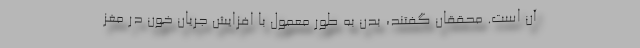
آن است. محققان گفتند، بدن به طور معمول با افزایش جریان خون در مغز